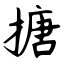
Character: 搪